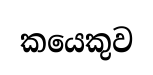
කයෙකුව